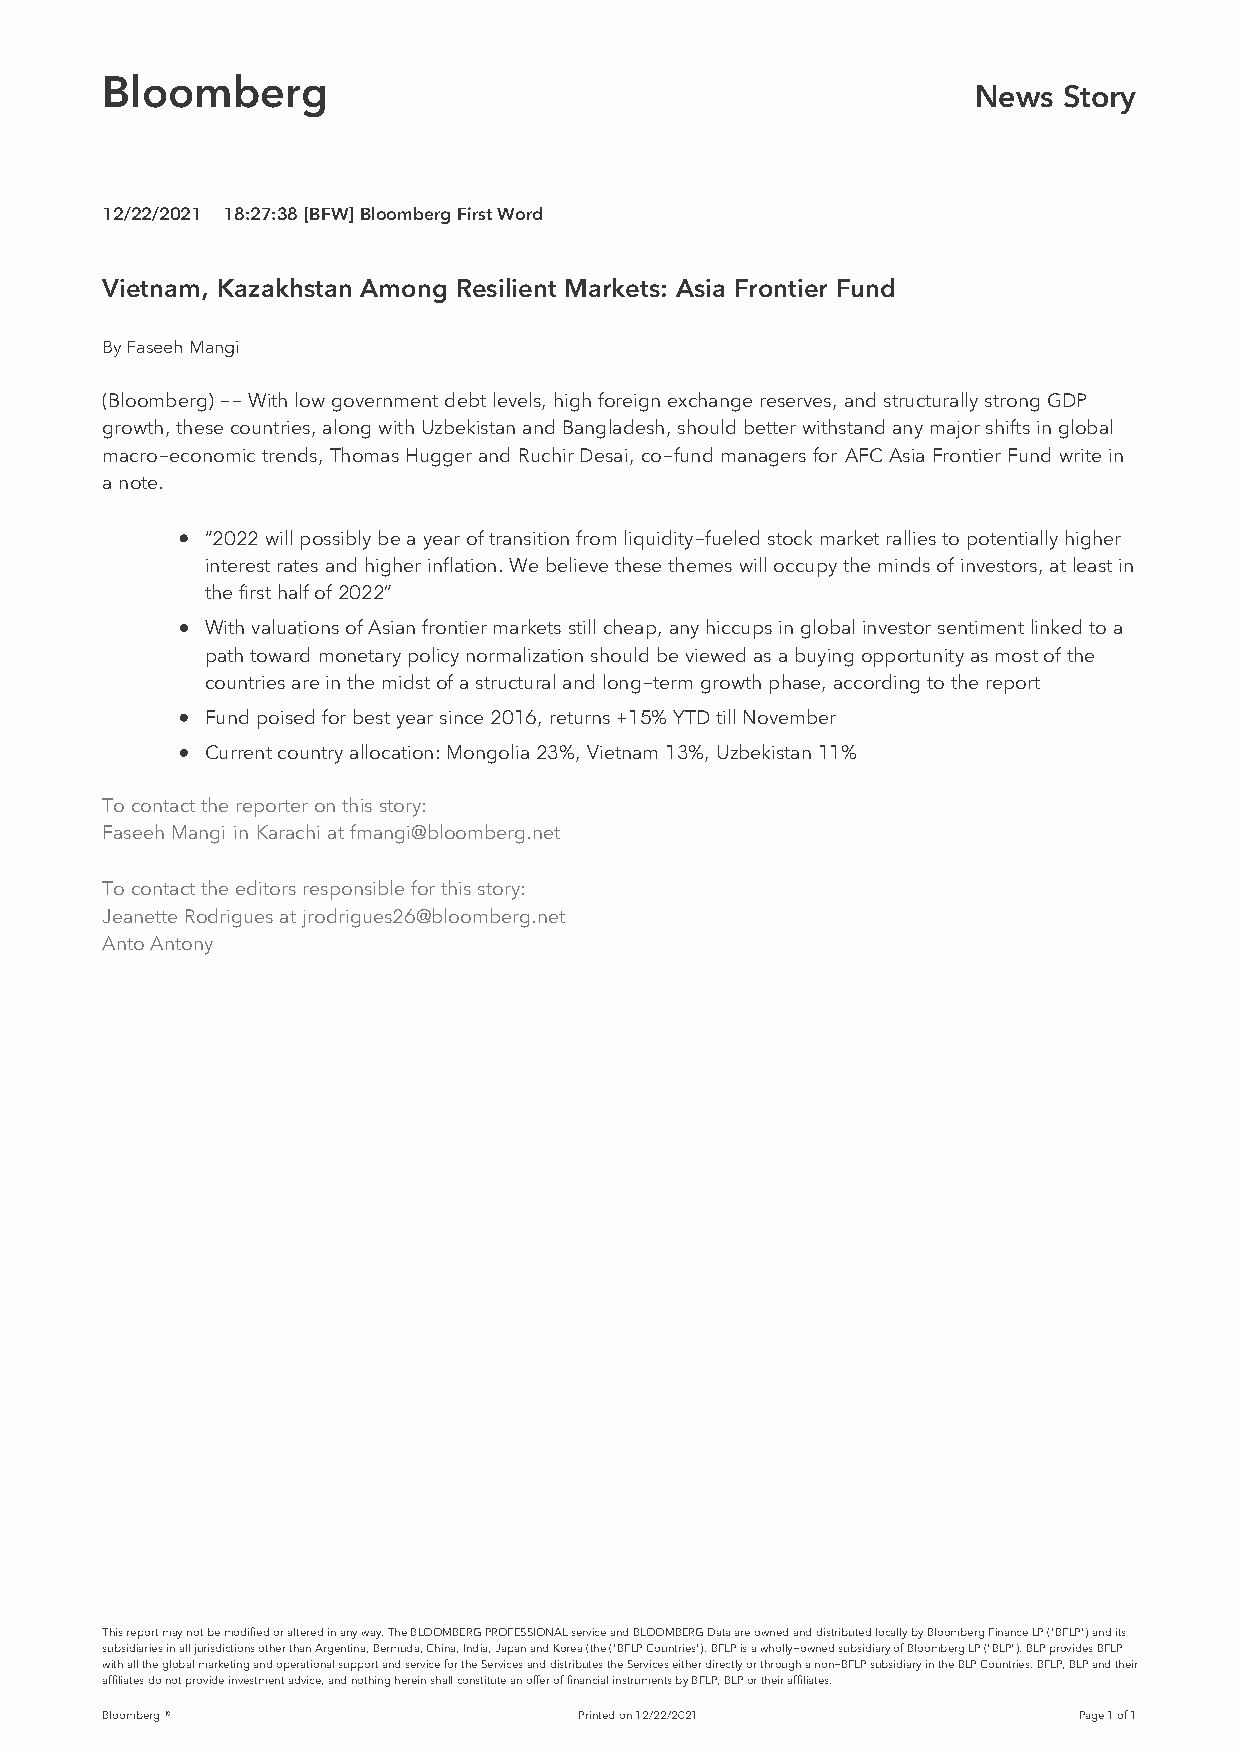
Bloomberg
 News  Story
 12/22/2021 18:27:38 [BFW] Bloomberg First Word
 Vietnam, Kazakhstan Among Resilient Markets: Asia Frontier Fund
 By Faseeh Mangi
 (Bloomberg) -- With low government debt levels, high foreign exchange reserves, and structurally strong GDP
 growth, these countries, along with Uzbekistan and Bangladesh, should better withstand any major shifts in global
 macro-economic trends, Thomas Hugger and Ruchir Desai, co-fund managers for AFC Asia Frontier Fund write in
 a note.
 “2022 will possibly be a year of transition from liquidity-fueled stock market rallies to potentially higher
 interest rates and higher inflation. We believe these themes will occupy the minds of investors, at least in
 the first half of 2022”
 With valuations of Asian frontier markets still cheap, any hiccups in global investor sentiment linked to a
 path toward monetary policy normalization should be viewed as a buying opportunity as most of the
 countries are in the midst of a structural and long-term growth phase, according to the report
 Fund poised for best year since 2016, returns +15% YTD till November
 Current country allocation: Mongolia 23%, Vietnam 13%, Uzbekistan 11%
 To contact the reporter on this story:
 Faseeh Mangi in Karachi at fmangi@bloomberg.net
 To contact the editors responsible for this story:
 Jeanette Rodrigues at jrodrigues26@bloomberg.net
 Anto Antony
 This report may not be modified or altered in any way. The BLOOMBERG PROFESSIONAL service and BLOOMBERG Data are owned and distributed locally by Bloomberg Finance LP ("BFLP") and its
 subsidiaries in all jurisdictions other than Argentina, Bermuda, China, India, Japan and Korea (the ("BFLP Countries"). BFLP is a wholly-owned subsidiary of Bloomberg LP ("BLP"). BLP provides BFLP
 with all the global marketing and operational support and service for the Services and distributes the Services either directly or through a non-BFLP subsidiary in the BLP Countries. BFLP, BLP and their
 affiliates do not provide investment advice, and nothing herein shall constitute an offer of financial instruments by BFLP, BLP or their affiliates.
 Bloomberg ®                    Printed on 12/22/2021            Page 1 of 1